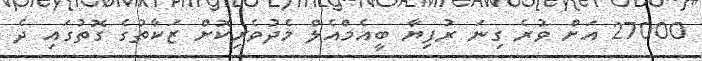
27000 އަށް ވުރެ ގިނަ ރުފިޔާ ބީއެމްއެލް މެދުވެރިކޮށް ޒަކާތުގެ ގޮތުގައި ދެ